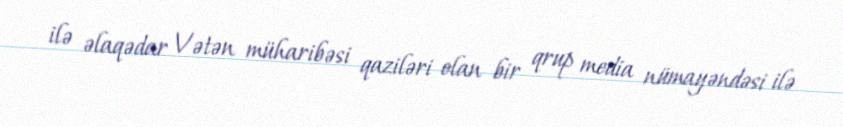
ilə əlaqədar Vətən müharibəsi qaziləri olan bir qrup media nümayəndəsi ilə